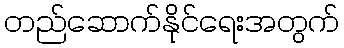
တည်ဆောက်နိုင်ရေးအတွက်